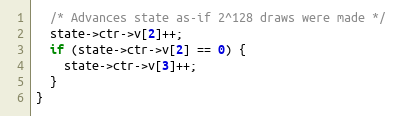
Language: C
  /* Advances state as-if 2^128 draws were made */
  state->ctr->v[2]++;
  if (state->ctr->v[2] == 0) {
    state->ctr->v[3]++;
  }
}